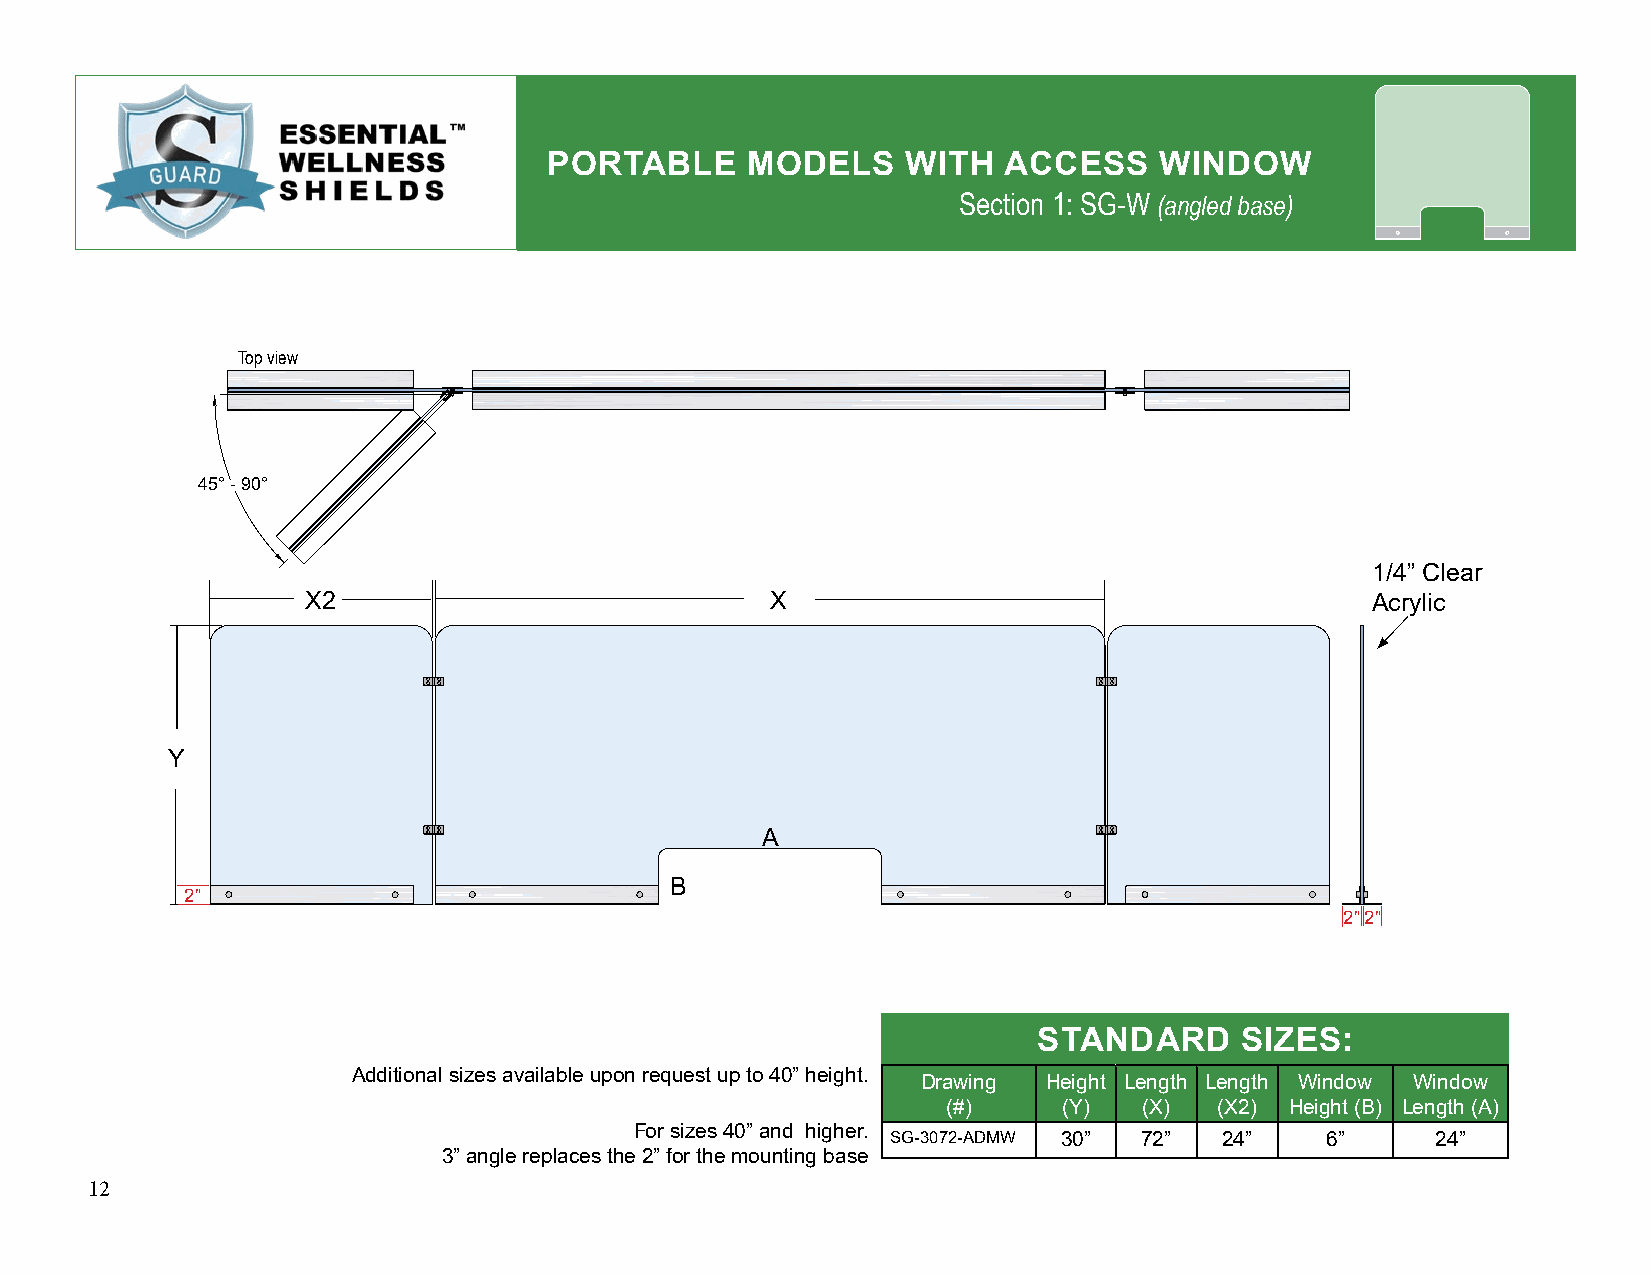
PORTABLE     MODELS     WITH  ACCESS     WINDOW
 Section 1: SG-W (angled base)
 Top view
 45° - 90°
 1/4” Clear
 X2                             X                                       Acrylic
 Y
 A
 B
 2”
 2”2”
 STANDARD     SIZES:
 Additional sizes available upon request up to 40” height.
 Drawing Height Length Length Window Window
 (#)    (Y)   (X)  (X2) Height (B) Length (A)
 For sizes 40” and higher.
 SG-3072-ADMW 30” 72”  24”    6”     24”
 3” angle replaces the 2” for the mounting base
 12